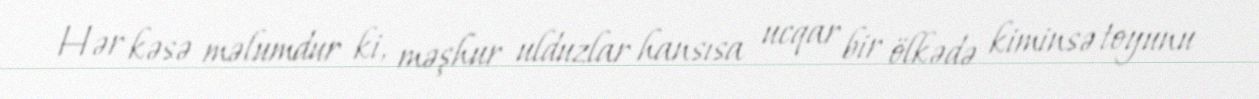
Hər kəsə məlumdur ki, məşhur ulduzlar hansısa ucqar bir ölkədə kiminsə toyunu